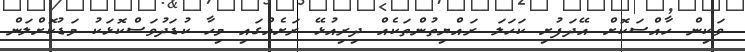
ވަކިން ހާއްސަކޮށް އޭދަފުށި ކަހަލަ ރައްޔިތުންތަކެއް ދިރިއުޅޭ ރަށެއްގައި މިހާ ކުޑަދުވަސްކޮޅަކު މަޑުކޮށްލަން